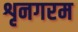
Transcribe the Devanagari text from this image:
शृनगरम